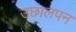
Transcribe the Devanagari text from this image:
उछालपन